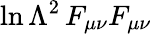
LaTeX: \ln\Lambda^{2}\, F_{\mu\nu}F_{\mu\nu}